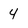
Character: 4